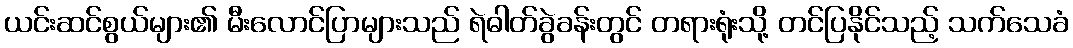
ယင်းဆင်စွယ်များ၏ မီးလောင်ပြာများသည် ရဲဓါတ်ခွဲခန်းတွင် တရားရုံးသို့ တင်ပြနိုင်သည့် သက်သေခံ